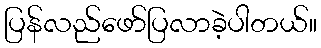
ပြန်လည်ဖော်ပြလာခဲ့ပါတယ်။